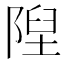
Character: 隉